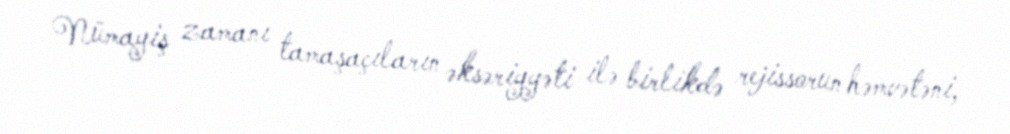
Nümayiş zamanı tamaşaçıların əksəriyyəti ilə birlikdə rejissorun həmvətəni,